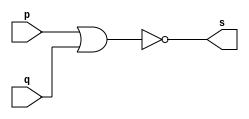
//--------------------
// Exercicio0002 - NOR
// Nome: Felipe Barros
// -------------------

module norgate ( s, p, q);

output s;
input p, q;

assign s = ~(p | q);

endmodule

//-- teste NOR

module testnorgate;
reg a, b; // entrada
wire s; //saida

//----
norgate NOR1 (s, a, b);

initial begin: start
a = 0; b=0;
end

//-- parte principal
initial begin

$display ("test norgate");
$display ("\na  b = s\n");
$monitor (" %b  %b  %b", a, b, s);
#1 a=0; b=1;
#1 a=1; b=0;
#1 a=1; b=1;
end

endmodule